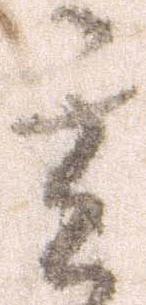
其